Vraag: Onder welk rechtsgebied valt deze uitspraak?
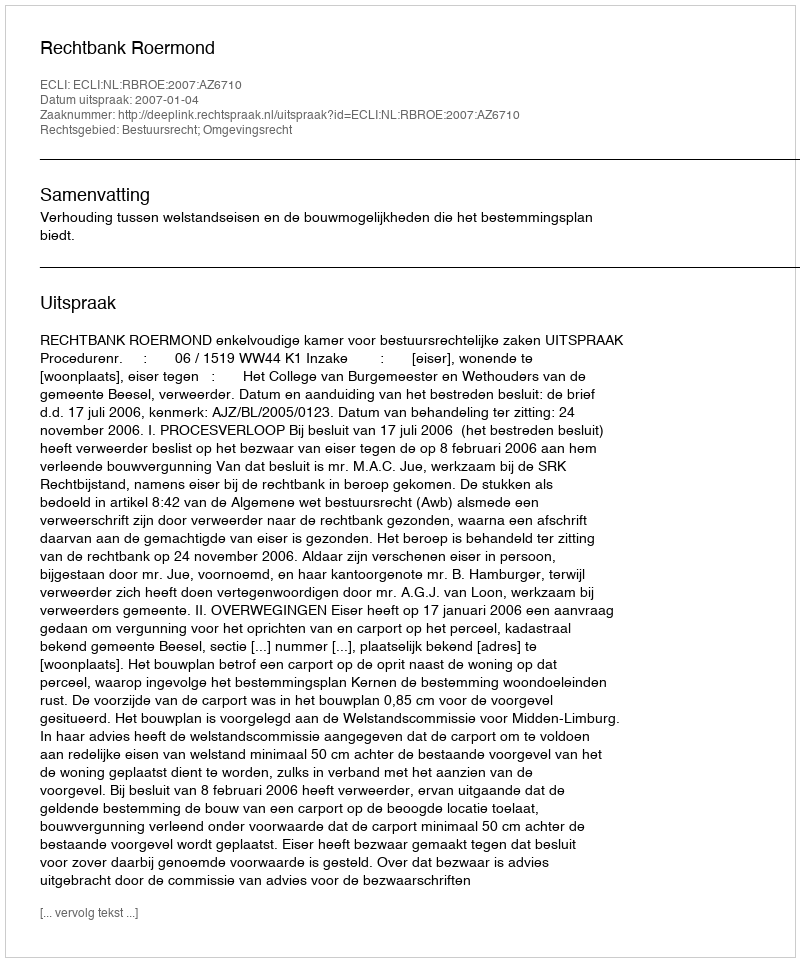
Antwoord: Bestuursrecht; Omgevingsrecht